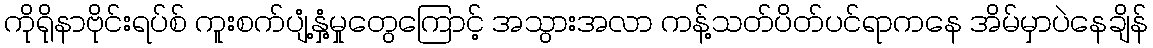
ကိုရိုနာဗိုင်းရပ်စ် ကူးစက်ပျံ့နှံ့မှုတွေကြောင့် အသွားအလာ ကန့်သတ်ပိတ်ပင်ရာကနေ အိမ်မှာပဲနေချိန်